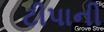
ટીપાની